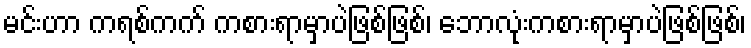
မင်းဟာ ကရစ်ကက် ကစားရာမှာပဲဖြစ်ဖြစ်၊ ဘောလုံးကစားရာမှာပဲဖြစ်ဖြစ်၊